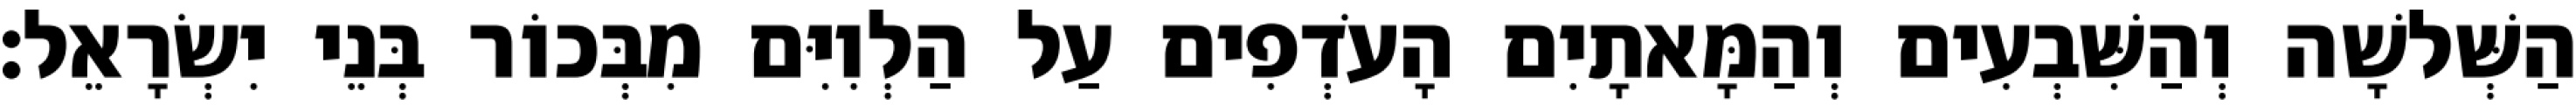
הַשְּׁלשָׁה וְהַשִּׁבְעִים וְהַמָּאתָיִם הָעֹדְפִים עַל הַלְוִיִּם מִבְּכוֹר בְּנֵי יִשְׂרָאֵל׃